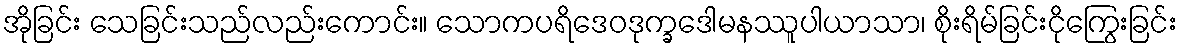
အိုခြင်း သေခြင်းသည်လည်းကောင်း။ သောကပရိဒေဝဒုက္ခဒေါမနဿူပါယာသာ၊ စိုးရိမ်ခြင်းငိုကြွေးခြင်း